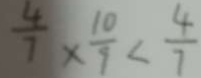
\frac { 4 } { 7 } \times \frac { 1 0 } { 9 } < \frac { 4 } { 7 }